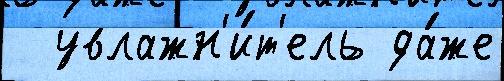
  увлажн'и́т'ель да́же